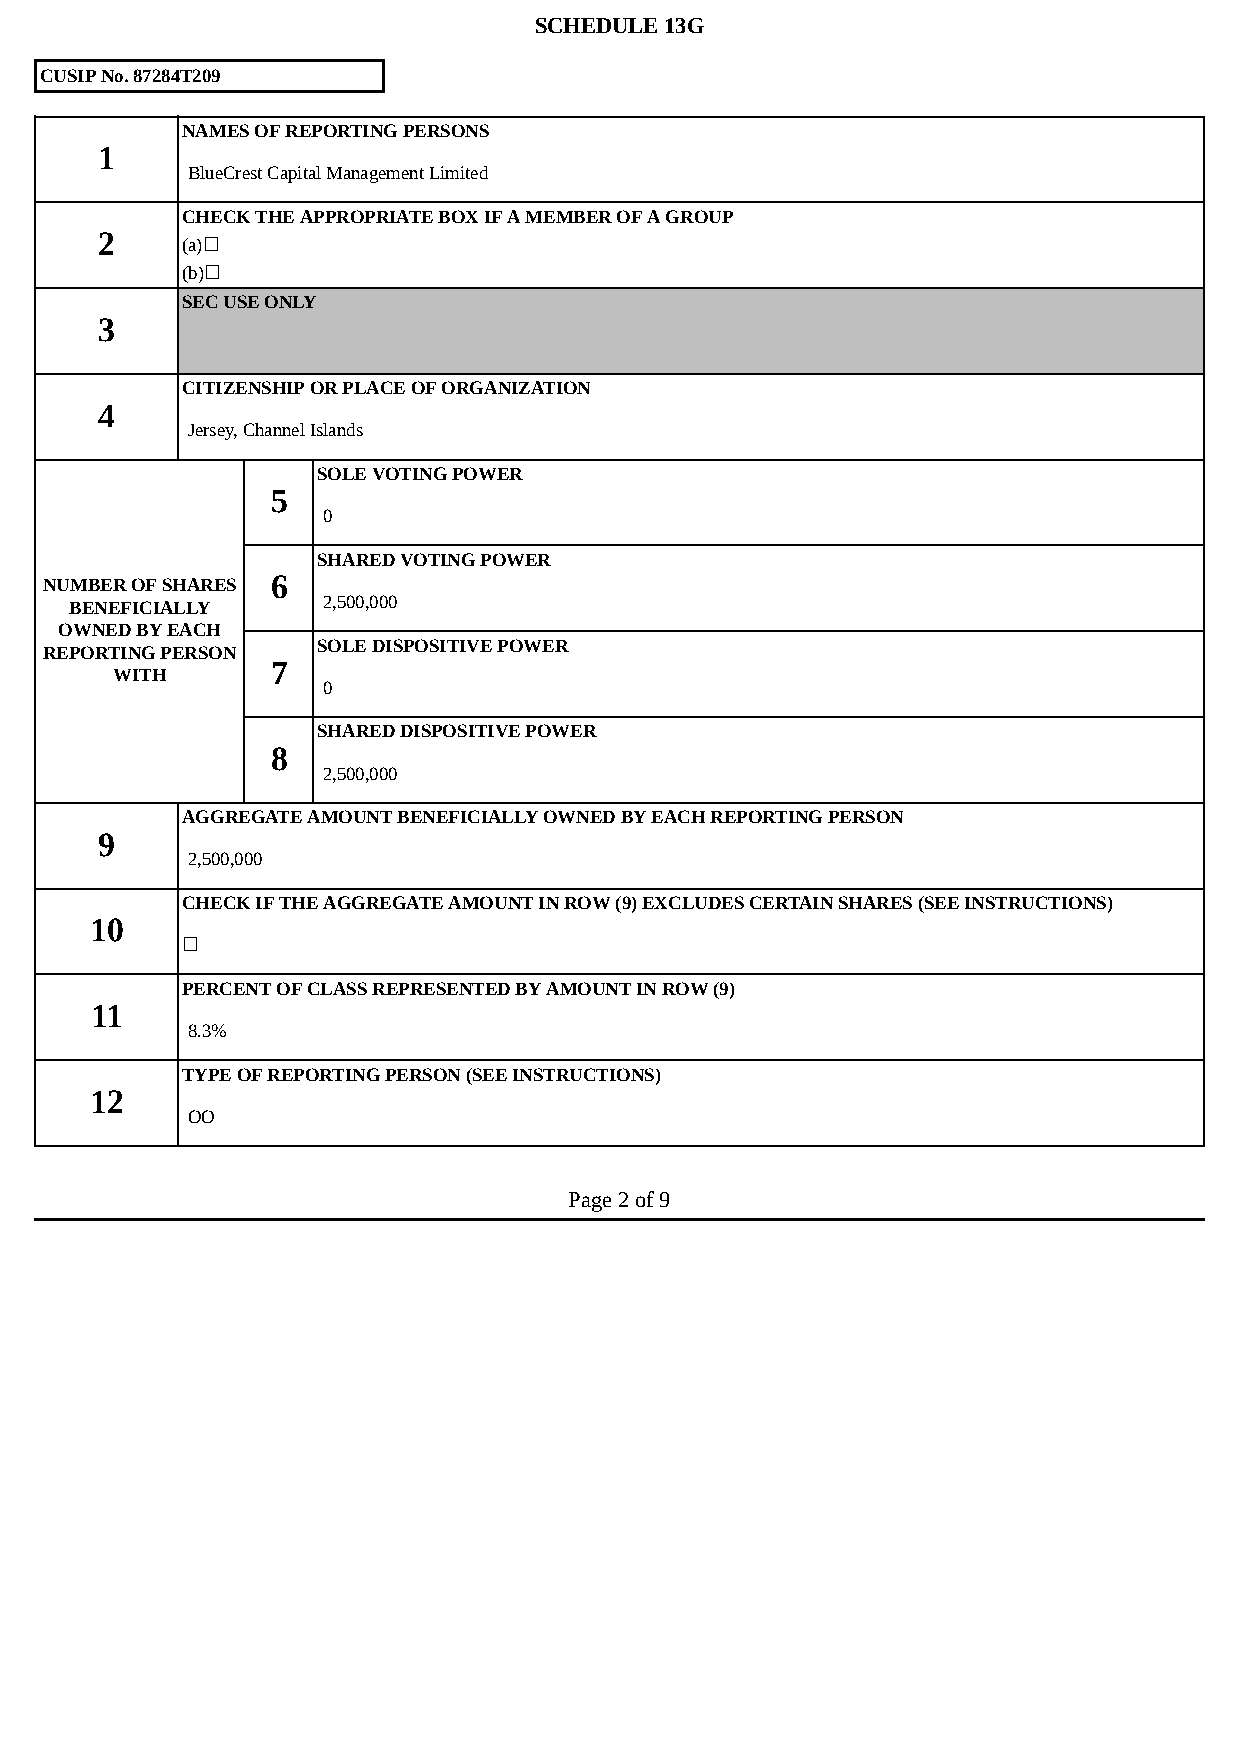
SCHEDULE 13G
 CUSIP No. 87284T209
 NAMES OF REPORTING PERSONS
 1
 BlueCrest Capital Management Limited
 CHECK THE APPROPRIATE BOX IF A MEMBER OF A GROUP
 2
 (a)☐
 (b)☐
 SEC USE ONLY
 3
 CITIZENSHIP OR PLACE OF ORGANIZATION
 4
 Jersey, Channel Islands
 SOLE VOTING POWER
 5
 0
 SHARED VOTING POWER
 NUMBER OF SHARES 6
 BENEFICIALLY    2,500,000
 OWNED BY EACH
 SOLE DISPOSITIVE POWER
 REPORTING PERSON
 7
 WITH
 0
 SHARED DISPOSITIVE POWER
 8
 2,500,000
 AGGREGATE AMOUNT BENEFICIALLY OWNED BY EACH REPORTING PERSON
 9
 2,500,000
 CHECK IF THE AGGREGATE AMOUNT IN ROW (9) EXCLUDES CERTAIN SHARES (SEE INSTRUCTIONS)
 10
 ☐
 PERCENT OF CLASS REPRESENTED BY AMOUNT IN ROW (9)
 11
 8.3%
 TYPE OF REPORTING PERSON (SEE INSTRUCTIONS)
 12
 OO
 Page 2 of 9